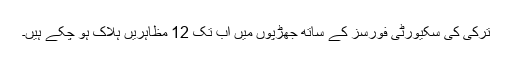
ترکی کی سکیورٹی فورسز کے ساتھ جھڑپوں میں اب تک 12 مظاہریں ہلاک ہو چکے ہیں۔